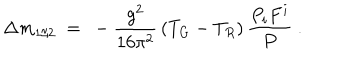
LaTeX: \Delta m _ { 1 / 2 } \ = \ - \frac { g ^ { 2 } } { 1 6 \pi ^ { 2 } } \, ( T _ { G } - T _ { R } ) \, \frac { P _ { i } F ^ { i } } { P } ~ .